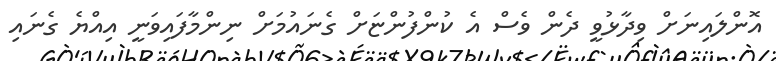
އޮންލައިނަށް ވިދާޅުވީ ދެން ވެސް އެ ކުންފުންޏަށް ގެނައުމަށް ނިންމާފައިވަނީ އިއްޔެ ގެނައި